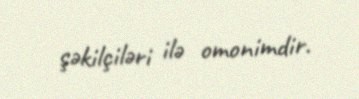
şəkilçiləri ilə omonimdir.